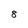
Character: 8